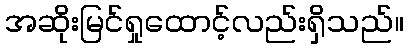
အဆိုးမြင်ရှုထောင့်လည်းရှိသည်။